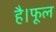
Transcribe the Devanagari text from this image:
है।फूल